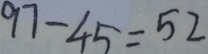
9 7 - 4 5 = 5 2